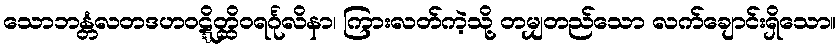
သောဘန္တံလတဒဟဝဋ္ဋိတ္ထိဝရင်္ဂုလိနာ၊ ကြားလတ်ကဲ့သို့ တမျှတည်သော လက်ချောင်းရှိသော။